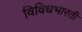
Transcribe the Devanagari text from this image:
विविधभारती